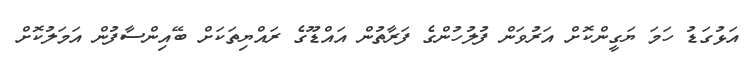
އަޅުގަޑު ހަމަ ޔަގީންކޮށް އަރުވަން ފުލުހުންގެ ފަރާތުން އައްޑޫގެ ރައްޔިތަކަށް ބޭއިންސާފުން އަމަލުކޮށް